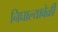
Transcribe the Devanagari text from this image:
निघाल्यावेळी